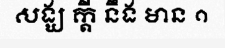
សង្ឃ ក្តី នឹង មាន ១